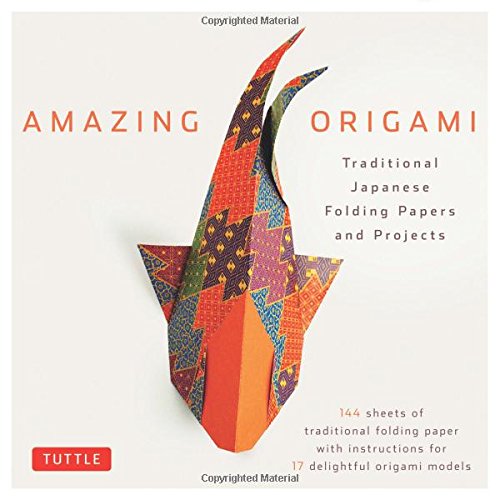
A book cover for Amazing Origami Kit: Traditional Japanese Folding Papers and Projects [144 Origami Papers with Book, 17 Projects]; Crafts, Hobbies & Home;